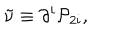
\tilde { \nu } \equiv \partial ^ { i } { \cal P } _ { 2 i } ,